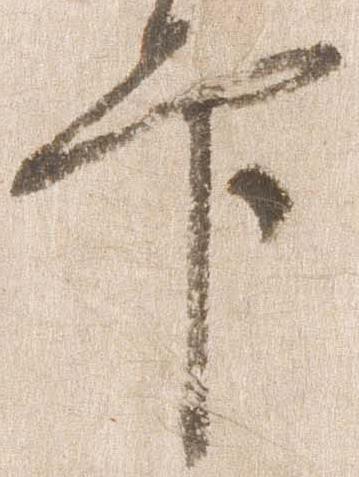
官